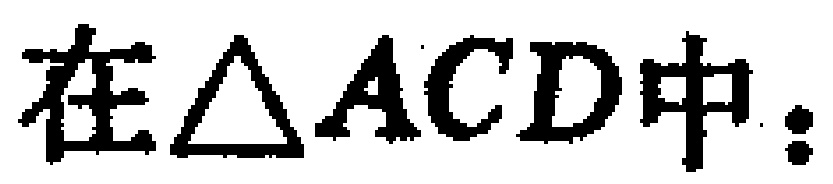
在$\triangle ACD$中：